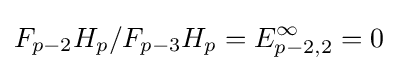
F_{p-2}H_{p}/F_{p-3}H_{p}=E_{p-2,2}^{\infty }=0